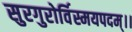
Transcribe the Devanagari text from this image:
सुरगुरोर्विस्मयपदम्।।